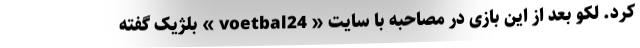
کرد. لکو بعد از این بازی در مصاحبه با سایت « voetbal24 » بلژیک گفته